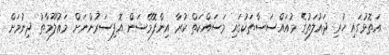
އަތޮޅުގައި ހުރި ދައުލަތުގެ މުއައްސަސާތަކުގައި މަސައްކަތް ކުރާ އިންފޮމޭޝަން އޮފިސަރުންނަށް މަޢުލޫމާތު ދިނުމަށް